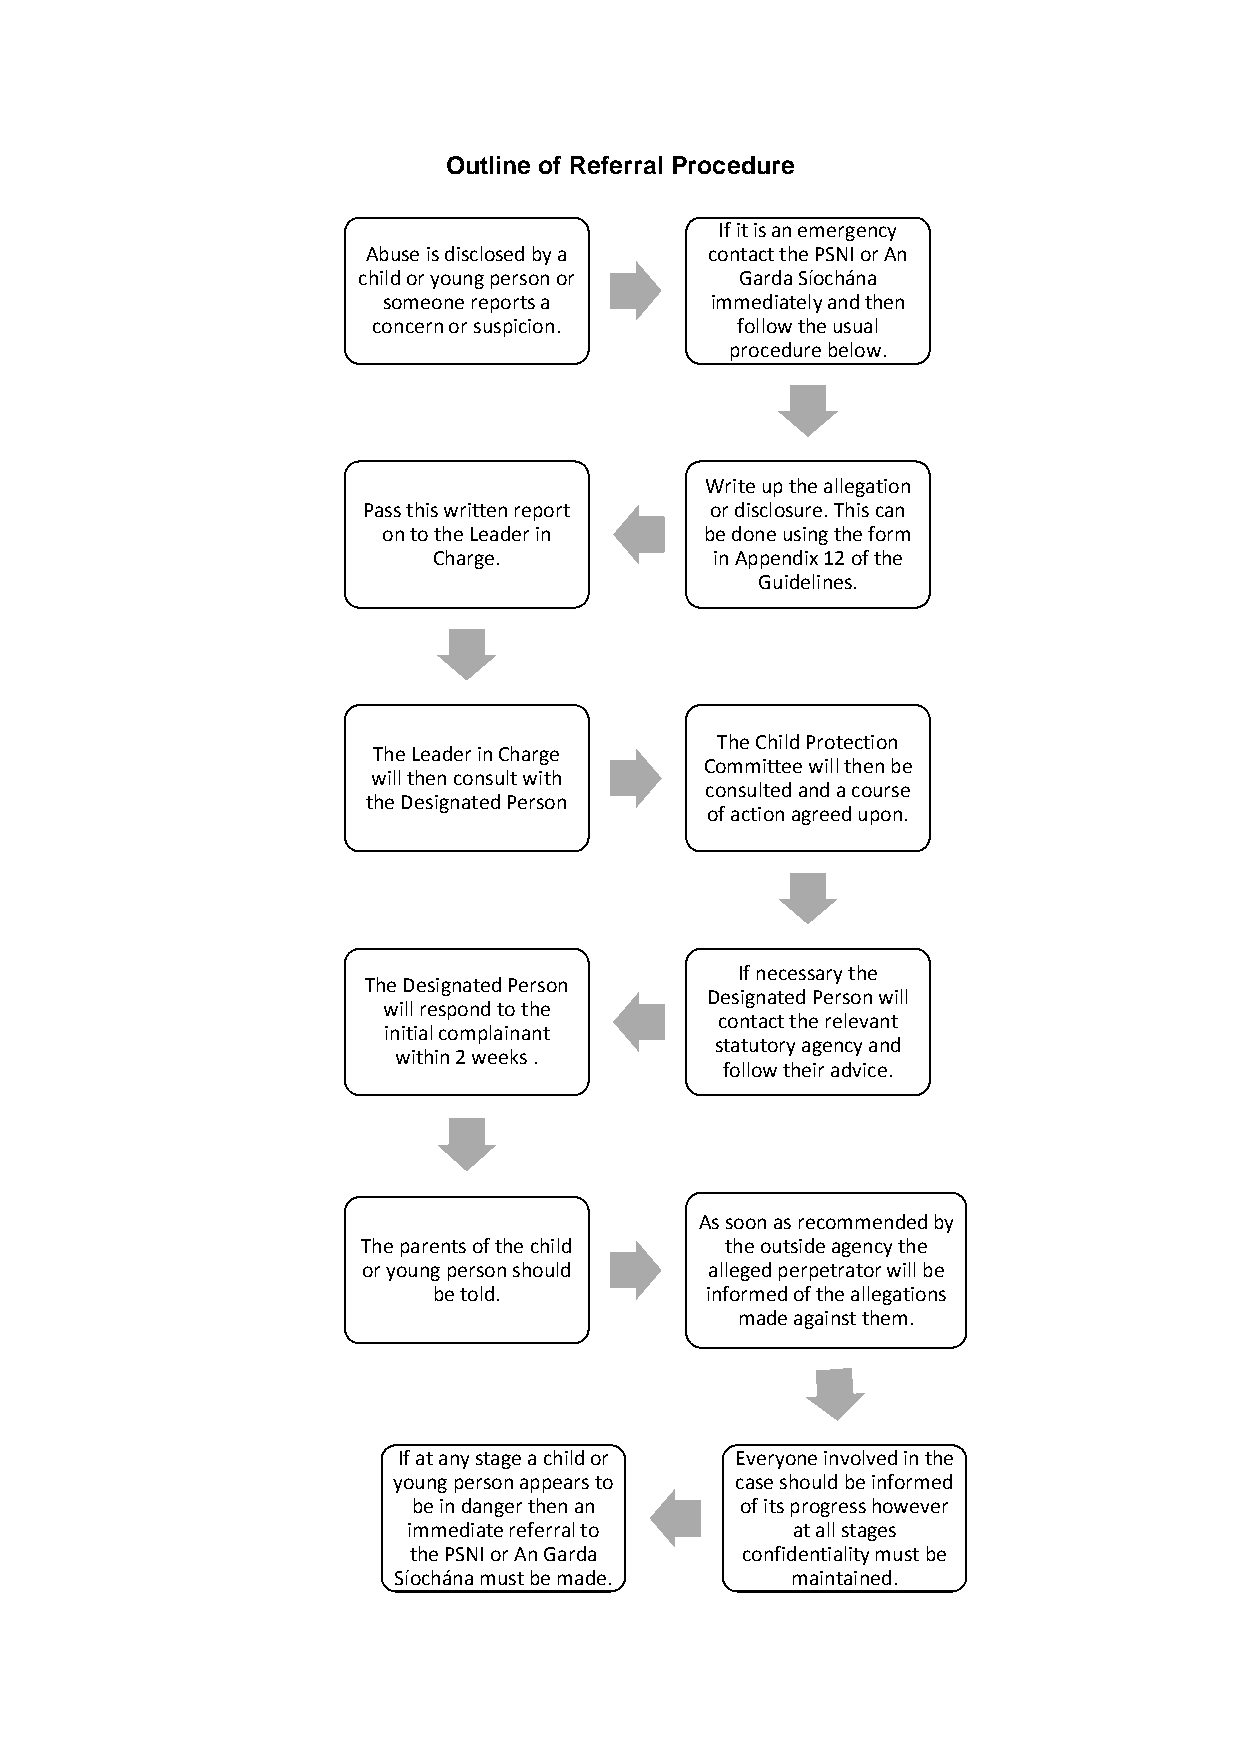
Outline of Referral Procedure
 If it is an emergency
 Abuse is disclosed by a contact the PSNI or An
 child or young person or Garda Síochána
 someone reports a     immediately and then
 concern or suspicion.   follow the usual
 procedure below.
 Write up the allegation
 Pass this written report or disclosure. This can
 on to the Leader in   be done using the form
 Charge.           in Appendix 12 of the
 Guidelines.
 The Child Protection
 The Leader in Charge
 Committee will then be
 will then consult with
 consulted and a course
 the Designated Person
 of action agreed upon.
 If necessary the
 The Designated Person
 Designated Person will
 will respond to the
 contact the relevant
 initial complainant
 statutory agency and
 within 2 weeks .
 follow their advice.
 As soon as recommended by
 The parents of the child the outside agency the
 or young person should alleged perpetrator will be
 be told.          informed of the allegations
 made against them.
 If at any stage a child or Everyone involved in the
 young person appears to case should be informed
 be in danger then an  of its progress however
 immediate referral to    at all stages
 the PSNI or An Garda  confidentiality must be
 Síochána must be made.    maintained.